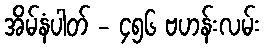
အိမ်နံပါတ် - ၄၅၆ ဗဟန်းလမ်း